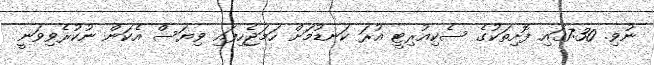
ނުވި. 7:30ގައި ފޮށިތަކުގެ ސެކިއުރިޓީ އުރަ ކަނޑުމަށް ހަމަޖެހިފައި ވިޔަސް އެކަން ނުކުރެވިވަނީ